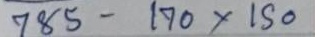
785 - 170 x 150